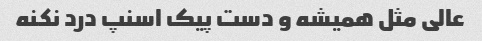
عالی مثل همیشه و دست پیک اسنپ درد نکنه